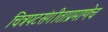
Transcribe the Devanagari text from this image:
चित्रपटसंगीताप्रमाणेच